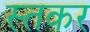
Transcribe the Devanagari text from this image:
स्तकर